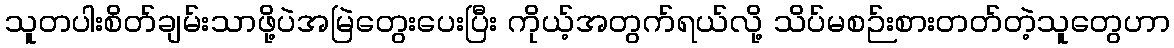
သူတပါးစိတ်ချမ်းသာဖို့ပဲအမြဲတွေးပေးပြီး ကိုယ့်အတွက်ရယ်လို့ သိပ်မစဉ်းစားတတ်တဲ့သူတွေဟာ